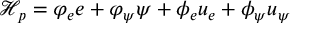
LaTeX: \mathcal { H } _ { p } = \varphi _ { e } e + \varphi _ { \psi } \psi + \phi _ { e } u _ { e } + \phi _ { \psi } u _ { \psi }